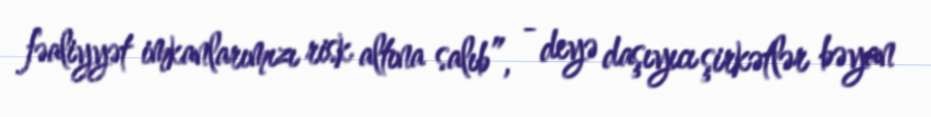
fəaliyyət imkanlarımızı risk altına salıb”, - deyə daşıyıcı şirkətlər bəyan